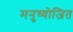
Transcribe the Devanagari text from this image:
मनुष्योजित